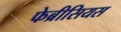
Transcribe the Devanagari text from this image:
फेब्रीसियस